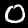
Label: 0